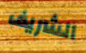
الشريف